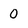
Character: 0